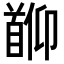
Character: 𬳖